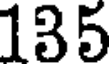
135